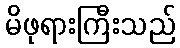
မိဖုရားကြီးသည်